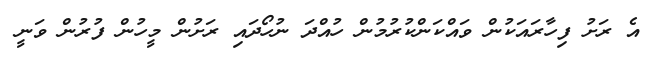
އެ ރަށު ފިހާރައަކުން ވައްކަންކުރުމުން ހުއްދަ ނުހޯދައި ރަށުން މީހުން ފުރުން ވަނީ